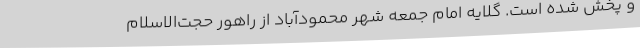
و پخش شده است. گلایه امام جمعه شهر محمودآباد از راهور حجت‌الاسلام